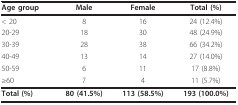
<table><thead><tr><td><b>Age group</b></td><td><b>Male</b></td><td><b>Female</b></td><td><b>Total (%)</b></td></tr></thead><tbody><tr><td>&lt; 20</td><td>8</td><td>16</td><td>24 (12.4%)</td></tr><tr><td>20-29</td><td>18</td><td>30</td><td>48 (24.9%)</td></tr><tr><td>30-39</td><td>28</td><td>38</td><td>66 (34.2%)</td></tr><tr><td>40-49</td><td>13</td><td>14</td><td>27 (14.0%)</td></tr><tr><td>50-59</td><td>6</td><td>11</td><td>17 (8.8%)</td></tr><tr><td>≥60</td><td>7</td><td>4</td><td>11 (5.7%)</td></tr><tr><td><b>Total (%)</b></td><td><b>80 (41.5%)</b></td><td><b>113 (58.5%)</b></td><td><b>193 (100.0%)</b></td></tr></tbody></table>